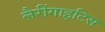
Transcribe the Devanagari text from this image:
लैरींगाइटिस